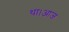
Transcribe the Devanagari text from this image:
था।आज